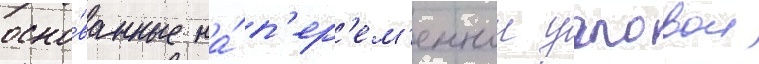
осно́ванные на́ п'ер'ем'еннои угловои